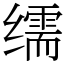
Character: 𦈡